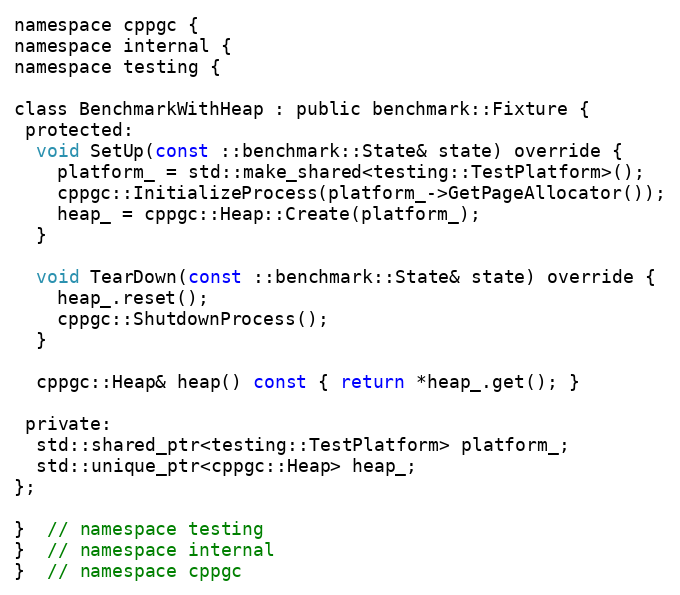
Language: C
namespace cppgc {
namespace internal {
namespace testing {

class BenchmarkWithHeap : public benchmark::Fixture {
 protected:
  void SetUp(const ::benchmark::State& state) override {
    platform_ = std::make_shared<testing::TestPlatform>();
    cppgc::InitializeProcess(platform_->GetPageAllocator());
    heap_ = cppgc::Heap::Create(platform_);
  }

  void TearDown(const ::benchmark::State& state) override {
    heap_.reset();
    cppgc::ShutdownProcess();
  }

  cppgc::Heap& heap() const { return *heap_.get(); }

 private:
  std::shared_ptr<testing::TestPlatform> platform_;
  std::unique_ptr<cppgc::Heap> heap_;
};

}  // namespace testing
}  // namespace internal
}  // namespace cppgc